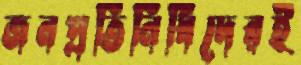
জনপ্রতিনিধিদেরই